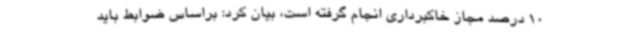
10 درصد مجاز خاکبرداری انجام گرفته است، بیان کرد: براساس ضوابط باید